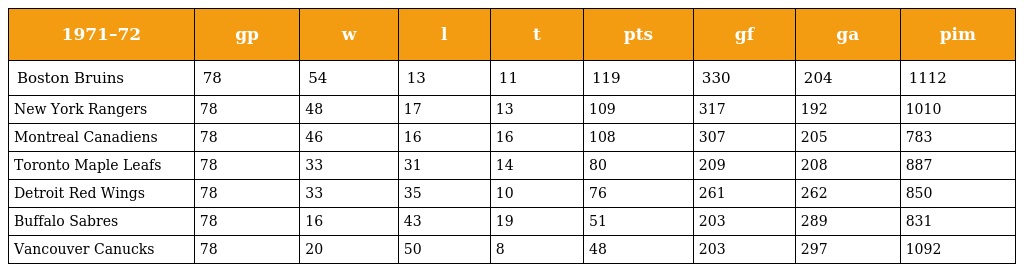
| 1971–72 | gp | w | l | t | pts | gf | ga | pim |
 | --- | --- | --- | --- | --- | --- | --- | --- | --- |
 | Boston Bruins | 78 | 54 | 13 | 11 | 119 | 330 | 204 | 1112 |
 | New York Rangers | 78 | 48 | 17 | 13 | 109 | 317 | 192 | 1010 |
 | Montreal Canadiens | 78 | 46 | 16 | 16 | 108 | 307 | 205 | 783 |
 | Toronto Maple Leafs | 78 | 33 | 31 | 14 | 80 | 209 | 208 | 887 |
 | Detroit Red Wings | 78 | 33 | 35 | 10 | 76 | 261 | 262 | 850 |
 | Buffalo Sabres | 78 | 16 | 43 | 19 | 51 | 203 | 289 | 831 |
 | Vancouver Canucks | 78 | 20 | 50 | 8 | 48 | 203 | 297 | 1092 |